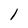
Character: 1